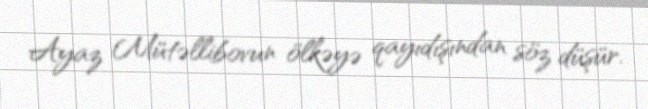
Ayaz Mütəllibovun ölkəyə qayıdışından söz düşür.